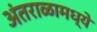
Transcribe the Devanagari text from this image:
अंतराळामध्ये